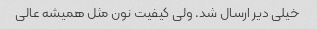
خیلی دیر ارسال شد. ولی کیفیت نون مثل همیشه عالی